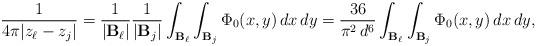
LaTeX: \begin{align*}\frac{1}{4\pi|z_\ell-z_j|}=\frac{1}{|\mathbf{B}_\ell|}\frac{1}{|\mathbf{B}_j|}\int_{\mathbf{B}_\ell}\int_{\mathbf{B}_j}\Phi_{0}(x, y)\,dx\,dy=\frac{36}{\pi^{2} \, d^{6}}\int_{\mathbf{B}_\ell}\int_{\mathbf{B}_j}\Phi_{0}(x, y)\,dx\,dy,\end{align*}